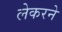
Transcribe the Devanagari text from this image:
लेकरने